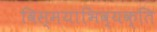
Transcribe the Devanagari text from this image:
विस्मयाभिव्यक्ति